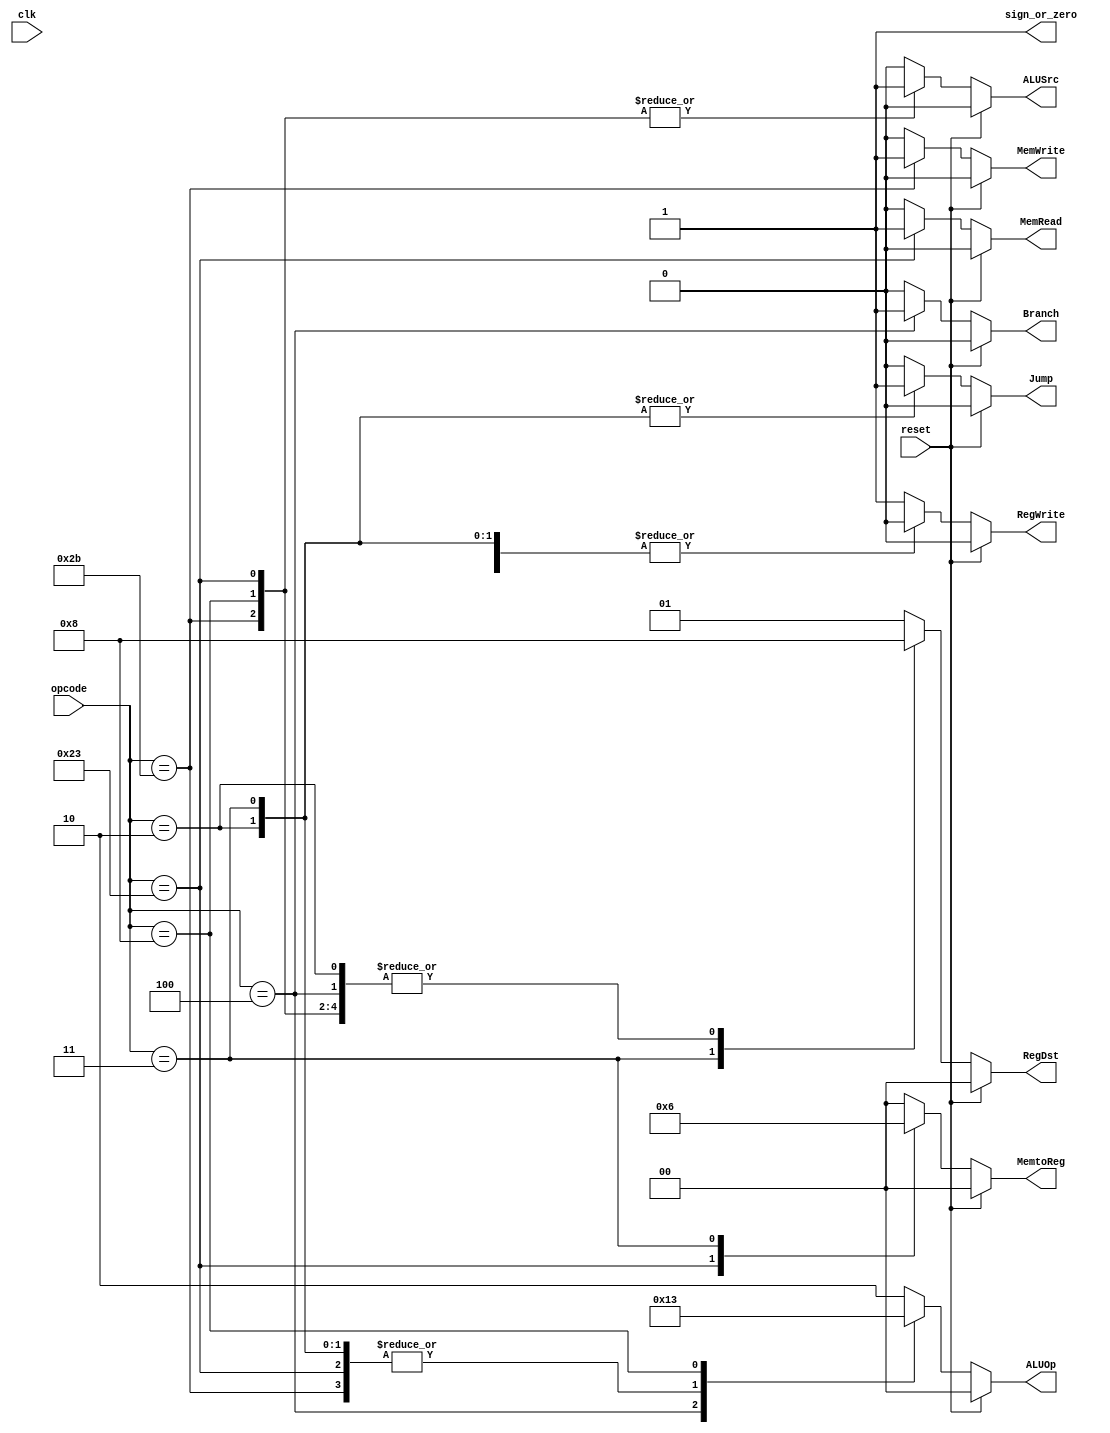
module CtrlUnit(
    input clk, reset,
    input [5:0] opcode,  
    output reg [1:0] RegDst, MemtoReg, ALUOp,  
    output reg Jump, Branch, MemRead, MemWrite, ALUSrc, RegWrite, sign_or_zero                      
    );  
    always @(*)  begin  
        if(reset == 1'b1) begin
            ALUOp = 2'b00;
            MemRead = 0; MemWrite = 0; RegWrite = 0;
            RegDst = 0; ALUSrc = 0; MemtoReg = 0; Branch = 0; Jump = 0;  
            sign_or_zero = 1;  
            end  
        else begin    
          case (opcode)
            6'b100011: begin // lw
                ALUOp = 2'b00;
                MemRead = 1; MemWrite = 0; RegWrite = 1;
                RegDst = 2'b00; ALUSrc = 2'b01; MemtoReg = 2'b01; Branch = 0; Jump = 0;
                sign_or_zero = 1;
            end

            6'b101011: begin // sw
                ALUOp = 2'b00;
                MemRead = 0; MemWrite = 1; RegWrite = 0;
                RegDst = 2'b00; ALUSrc = 2'b01; MemtoReg = 2'b00; Branch = 0; Jump = 0;
                sign_or_zero = 1;
            end

            6'b000100: begin // beq
                ALUOp = 2'b01;
                MemRead = 0; MemWrite = 0; RegWrite = 0;
                RegDst = 2'b00; ALUSrc = 2'b00; MemtoReg = 2'b00; Branch = 1; Jump = 0;
                sign_or_zero = 1; // 
            end

            6'b000000: begin // R-type
                ALUOp = 2'b10;
                MemRead = 0; MemWrite = 0; RegWrite = 1;
                RegDst = 2'b01; ALUSrc = 2'b00; MemtoReg = 2'b00; Branch = 0; Jump = 0;
                sign_or_zero = 1;
            end
            6'b000010: begin // J
                ALUOp = 2'b00;
                MemRead = 0; MemWrite = 0; RegWrite = 0;
                RegDst = 2'b00; ALUSrc = 2'b00; MemtoReg = 2'b00; Branch = 0; Jump = 1;
                sign_or_zero = 1;
            end
            6'b000011: begin // Jal
                ALUOp = 2'b00;
                MemRead = 0; MemWrite = 0; RegWrite = 0;
                RegDst = 2'b10; ALUSrc = 2'b00; MemtoReg = 2'b10; Branch = 0; Jump = 1;
                sign_or_zero = 1;
            end
            6'b001000: begin // addi
                ALUOp = 2'b11;
                MemRead = 0; MemWrite = 0; RegWrite = 1;
                RegDst = 2'b00; ALUSrc = 2'b01; MemtoReg = 2'b00; Branch = 0; Jump = 0;
                sign_or_zero = 1;
            end
            default: begin // R-type
                ALUOp = 2'b10;
                MemRead = 0; MemWrite = 0; RegWrite = 1;
                RegDst = 2'b01; ALUSrc = 2'b00; MemtoReg = 2'b00; Branch = 0; Jump = 0;
                sign_or_zero = 1;
            end  
          endcase  
      end  
     end  
 endmodule